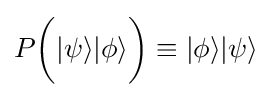
P{\bigg (}|\psi \rangle |\phi \rangle {\bigg )}\equiv |\phi \rangle |\psi \rangle